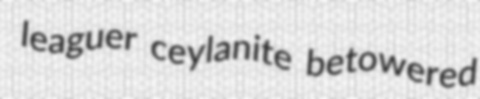
leaguer ceylanite betowered